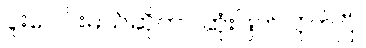
ပူးပေါင်းမယ်ဆိုတာ ဆုံးဖြတ်လိုက်ပြီ။